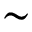
\sim